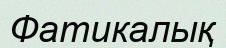
Фатикалық